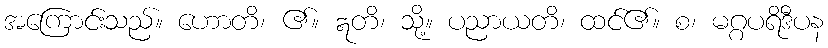
အကြောင်းသည်။ ဟောတိ၊ ၏။ ဣတိ၊ သို့။ ပညာယတိ၊ ထင်၏။ စ၊ မဂ္ဂပရိဒီပန